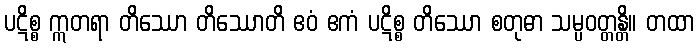
ပဋိစ္စ ဣတရာ တိဿော တိဿောတိ ဧဝံ ဧကံ ပဋိစ္စ တိဿော စတုဓာ သမ္ပဝတ္တန္တိ။ တထာ